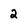
Character: 2